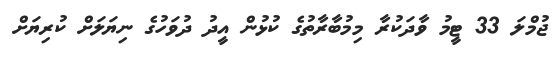
ޖުމްލަ 33 ޓީމު ވާދަކުރާ މިމުބާރާތުގެ ކުޅުން އީދު ދުވަހުގެ ނިޔަލަށް ކުރިޔަށް